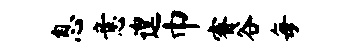
息意遑巾睿谷每